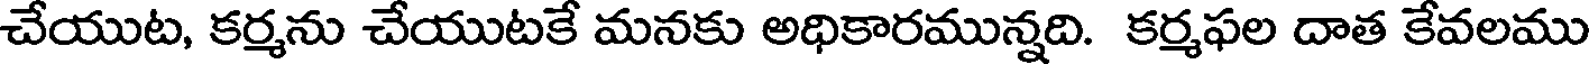
చేయుట, కర్మను చేయుటకే మనకు అధికారమున్నది. కర్మఫల దాత కేవలము